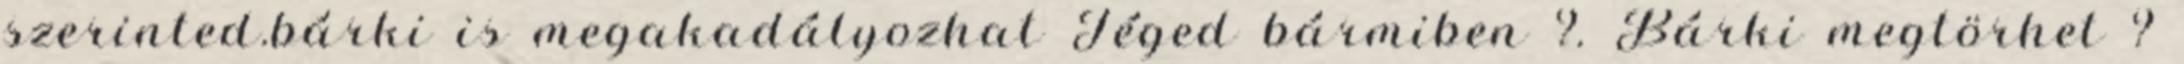
szerinted.bárki is megakadályozhat Téged bármiben ?. Bárki megtörhet ?